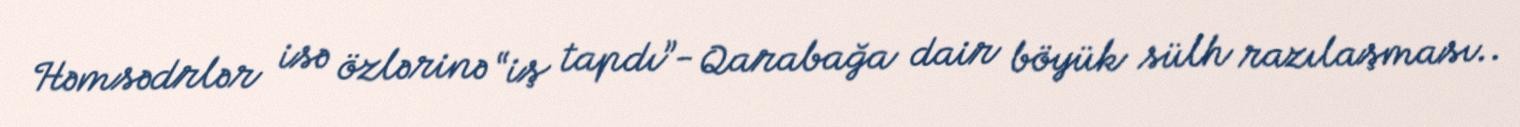
Həmsədrlər isə özlərinə “iş tapdı”- Qarabağa dair böyük sülh razılaşması..